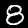
Digit: 8